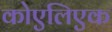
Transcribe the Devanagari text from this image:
कोएलिएक